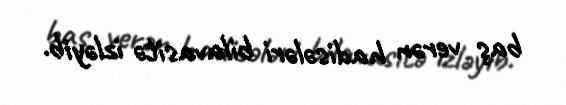
baş verən hadisələri bilavasitə izləyib.